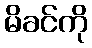
မိခင်ကို